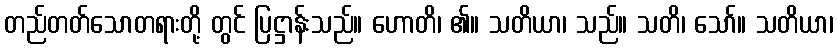
တည်တတ်သောတရားတို့ တွင် ပြဋ္ဌာန်းသည်။ ဟောတိ၊ ၏။ သတိယာ၊ သည်။ သတိ၊ သော်။ သတိယာ၊